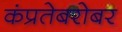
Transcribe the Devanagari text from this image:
कंप्रतेबरोबर